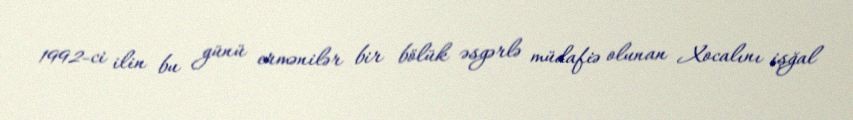
1992-ci ilin bu günü ermənilər bir bölük əsgərlə müdafiə olunan Xocalını işğal